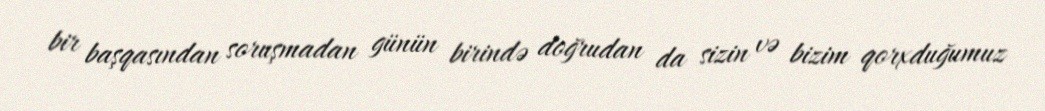
bir başqasından soruşmadan günün birində doğrudan da sizin və bizim qorxduğumuz